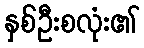
နှစ်ဦးစလုံး၏